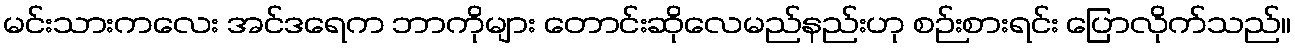
မင်းသားကလေး အင်ဒရေက ဘာကိုများ တောင်းဆိုလေမည်နည်းဟု စဉ်းစားရင်း ပြောလိုက်သည်။